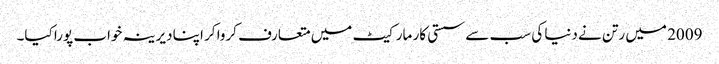
2009 میں رتن نے دنیا کی سب سے سستی کار مارکیٹ میں متعارف کروا کر اپنا دیرینہ خواب پورا کیا۔